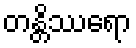
တန္တိဿရော